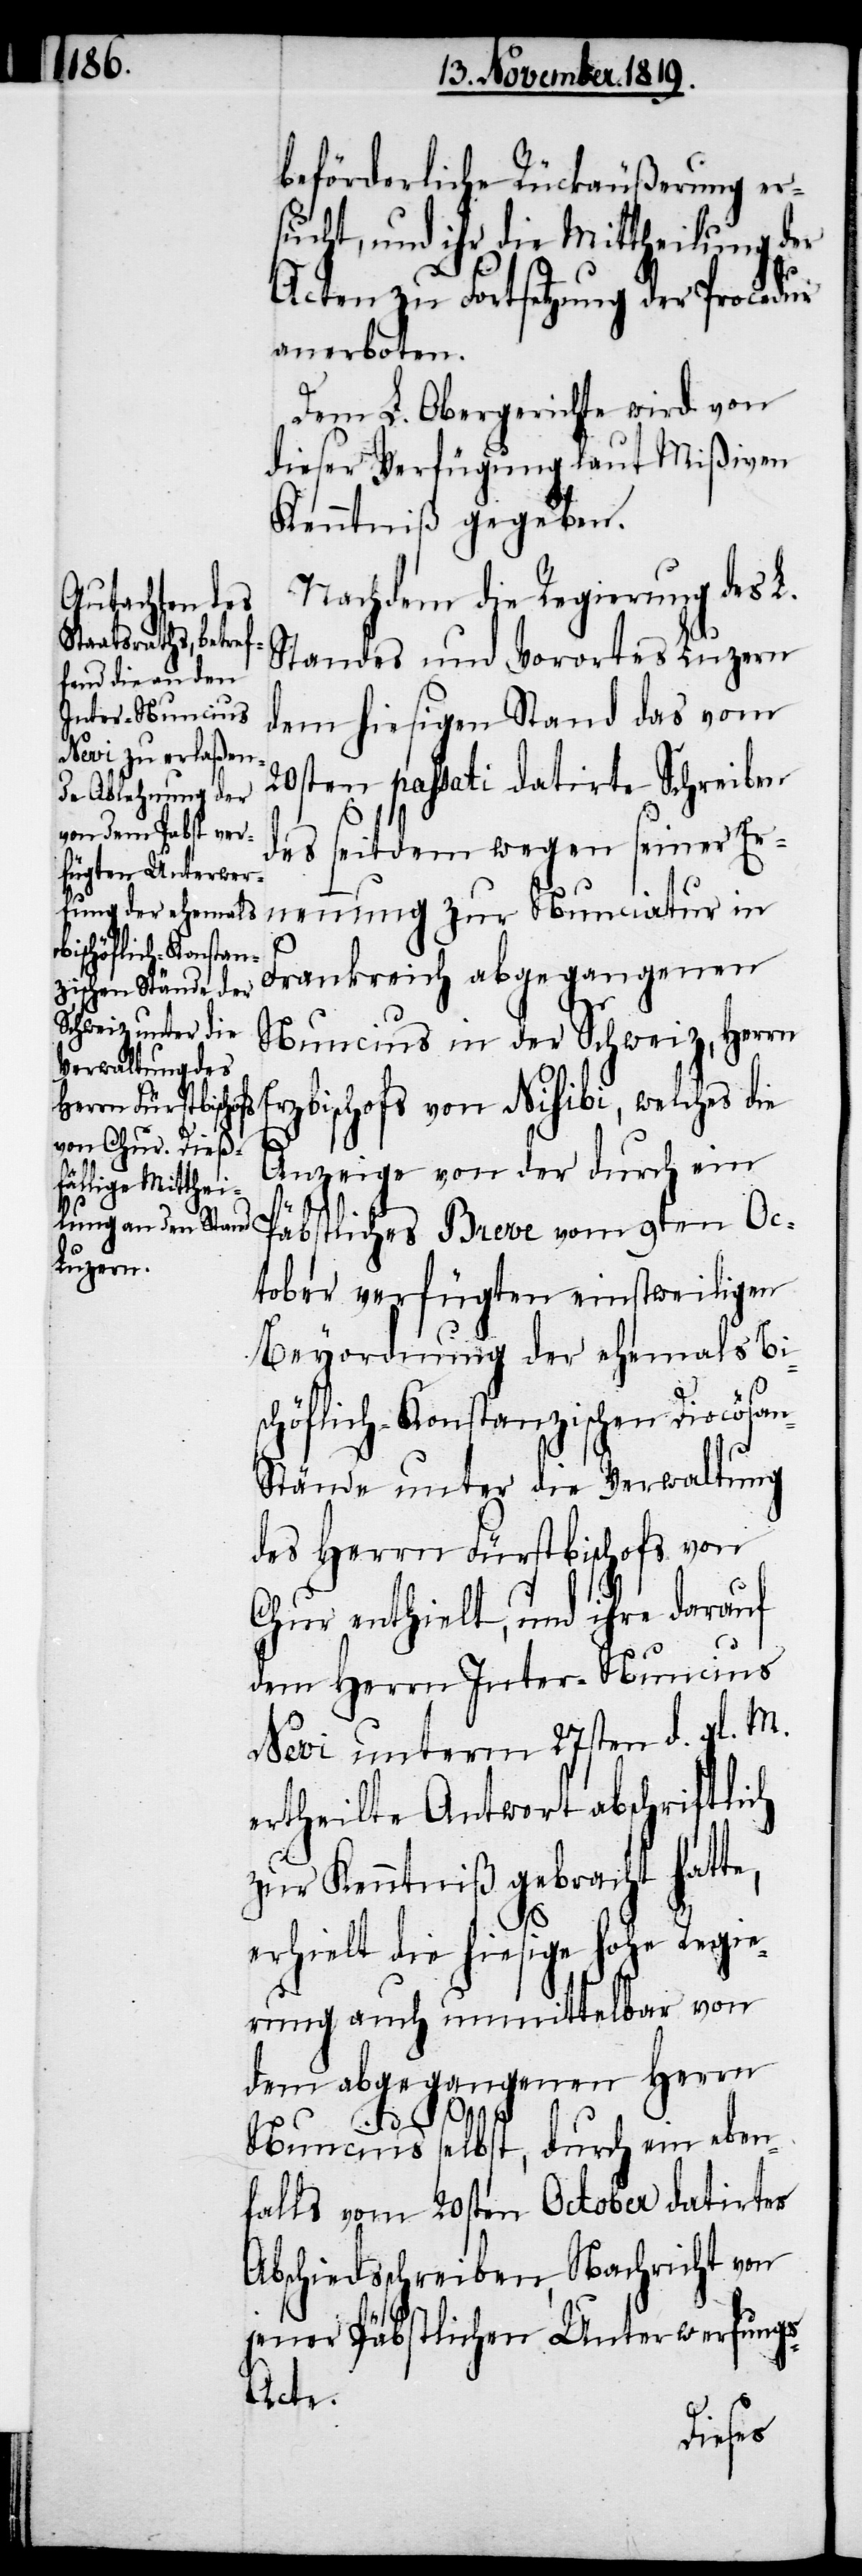
beförderliche Rückäußerung er¬
sucht, und ihr die Mittheilung der
Acten zu Fortsetzung der Procedur
anerboten.
Dem L. Obergerichte wird von
dieser Verfügung laut Mißiven
Kenntniß gegeben.
Nachdem die Regierung des L.
Standes und Vorortes Luzern
dem hiesigen Stand das vom
20sten passati datirte Schreiben
des seitdem wegen seiner Er¬
nennung zur Nunciatur in
Frankreich abgegangenen
Nuncius in der Schweiz, Herrn
zbischofs von Nisibi, welches die
Anzeige von der durch ein
Er¬
tober verfügten einstweiligen
Beyordnung der ehemals Bi¬
schöflich-Konstanzischen Diocösa¬
n-Stände unter die Verwaltung
des Herrn Fürstbischofs von
Chur enthielt, und ihre darauf
dem Herrn Inter-Nuncius
Nevi unterm 27sten d. fl. M.
ertheilte Anwort abschriftlich
zur Kenntniß gebracht hatte,
erhielt die hiesige hohe Regie¬
rung auch unmittelbar von
dem abgegangenen Herrn
9ten Oc¬
Nuncius selbst, durch ein eben¬
falls vom 20sten October datirtes
Abschiedsschreiben, Nachricht von
jener Päbstlichen Unterwerfung¬
s-Acte.